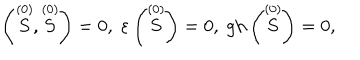
LaTeX: \left( \stackrel { ( 0 ) } { S } , \stackrel { ( 0 ) } { S } \right) = 0 , \; \varepsilon \left( \stackrel { ( 0 ) } { S } \right) = 0 , \; \mathrm { g h } \left( \stackrel { ( 0 ) } { S } \right) = 0 ,